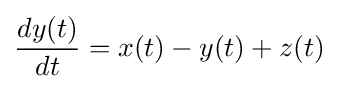
{\frac {dy(t)}{dt}}=x(t)-y(t)+z(t)